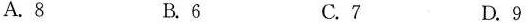
A.8 B.6 C.7 D.9